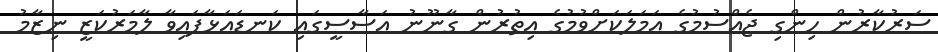
ސަރުކާރުން ހިންގި ޖެއްސުމުގެ އަމަލަކަށްވުމުގެ އިތުރުން ގާނޫނު އަސާސީގައި ކަނޑައަޅާފައިވާ ލާމަރުކަޒީ ނިޒާމު